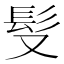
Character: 䯭